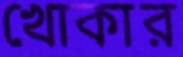
খোকার